Lunatic asylums Central Provinces reports 1895-1909 - 1895-1909
Year: 1895
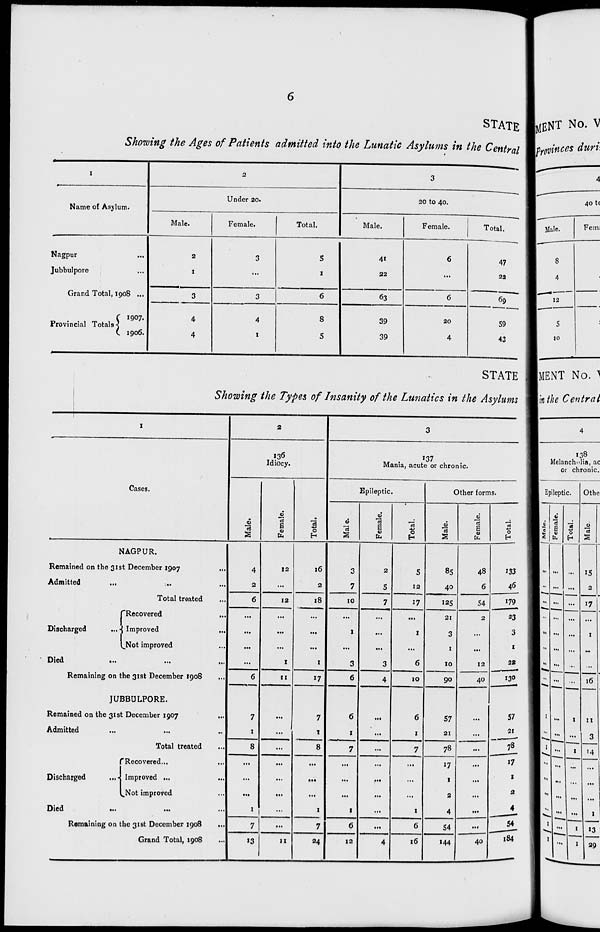
6
STATE
Showing the Ages of Patients admitted into the Lunatic Asylums in the Central
1
Name of Asylum.
Nagpur ...
Jubbulpore ...
Grand Total, 1908 ...
Provincial Totals
1907.
1906.
2
Under 20.
Male.
2
1
3
4
4
Female.
3
...
3
4
1
Total.
5
1
6
8
5
3
20 to 40.
Male.
41
22
63
39
39
Female.
6
...
6
20
4
Total.
47
22
69
59
43
STATE
Showing the Types of Insanity of the Lunatics in the Asylums
1
Cases.
NAGPUR.
Remained on the 31st December 1907 ..
Admitted
...
...
...
Total treated ...
Discharged
Recovered
...
Improved
...
Not improved ...
Died
...
...
...
Remaining on the 31st December 1908 ...
JUBBULPORE.
Remained on the 31st December 1907
...
Admitted ... ... ...
Total treated ...
Discharged
Recovered... ...
Improved ... ...
Not-improved ...
Died
...
...
...
Remaining on the 31st December 1908 ...
Grand Total, 1908 ...
2
136
Idiocy.
Male.
4
2
6
...
...
...
...
6
7
1
8
...
...
...
1
7
13
Female.
12
...
12
...
...
...
1
11
...
...
...
...
...
...
...
...
11
Total.
16
2
18
...
...
...
1
17
7
1
8
...
...
...
1
7
24
3
137
Mania, acute or chronic.
Epileptic.
Male.
3
7
10
...
1
...
3
6
6
1
7
...
...
...
1
6
12
Female.
2
5
7
...
...
...
3
4
...
...
...
...
...
...
...
...
4
Total.
5
12
17
...
1
...
6
10
6
1
7
...
...
...
1
6
16
Other forms.
Male.
85
40
125
21
3
1
10
90
57
21
78
17
1
2
4
54
144
Female.
48
6
54
2
...
...
12
40
...
...
...
...
...
...
...
...
40
Total.
133
46
179
23
3
1
22
130
57
21
78
17
1
2
4
54
184